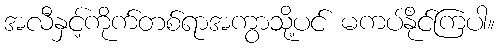
အလီနှင့်ကိုက်တစ်ရာအကွာသို့ပင် မကပ်နိုင်ကြပါ။